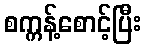
စက္ကန့်စောင့်ပြီး